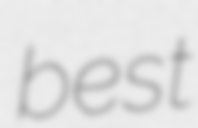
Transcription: best